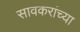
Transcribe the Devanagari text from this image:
सावकरांच्या